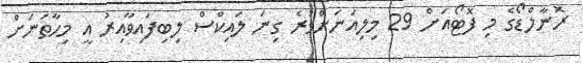
ރޮނާލްޑޯގެ މި ފޮޓޯއަށް 29 މިލިއަނަށްވުރެ ގިނަ ލައިކްސް ލިބިފައިވާއިރު އީ މިހާތަނަށް